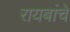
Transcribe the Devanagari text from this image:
रायबांचे